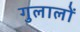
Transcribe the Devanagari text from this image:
गुलालों